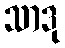
သာဒု